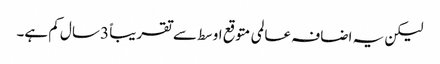
لیکن یہ اضافہ عالمی متوقع اوسط سے تقریباً 3 سال کم ہے۔